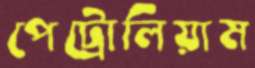
পেট্রোলিয়াম